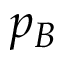
p _ { B }